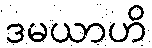
ဒမယာဟိ